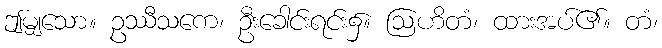
ဤမျှသော။ ဥဿီသကေ၊ ဦးခေါင်းရင်း၌။ ဩဟိတံ၊ ထားအပ်၏။ တံ၊